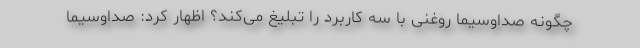
چگونه صداوسیما روغنی با سه کاربرد را تبلیغ می‌کند؟ اظهار کرد: صداوسیما